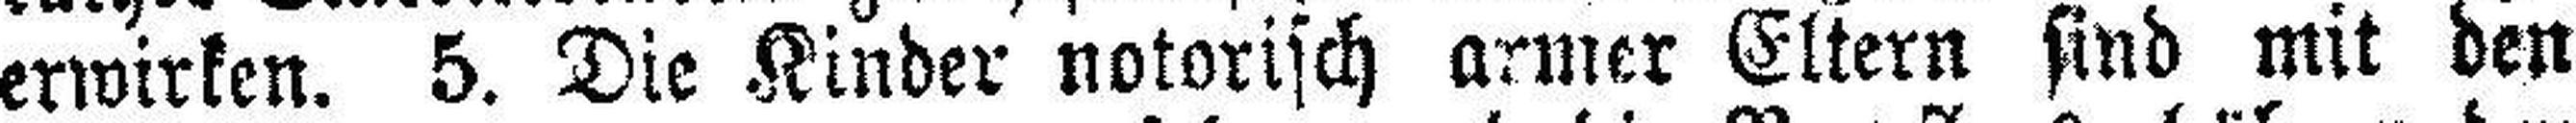
erwirken. 5. Die Kinder notorisch armer Eltern sind mit den